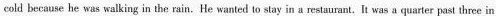
eold because he was walking in the rain.He wanted to stay in a restaurant. It was a quarter past three in